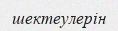
шектеулерін